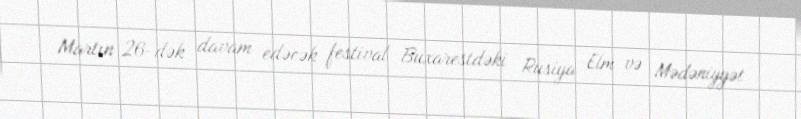
Martın 26-dək davam edəcək festival Buxarestdəki Rusiya Elm və Mədəniyyət